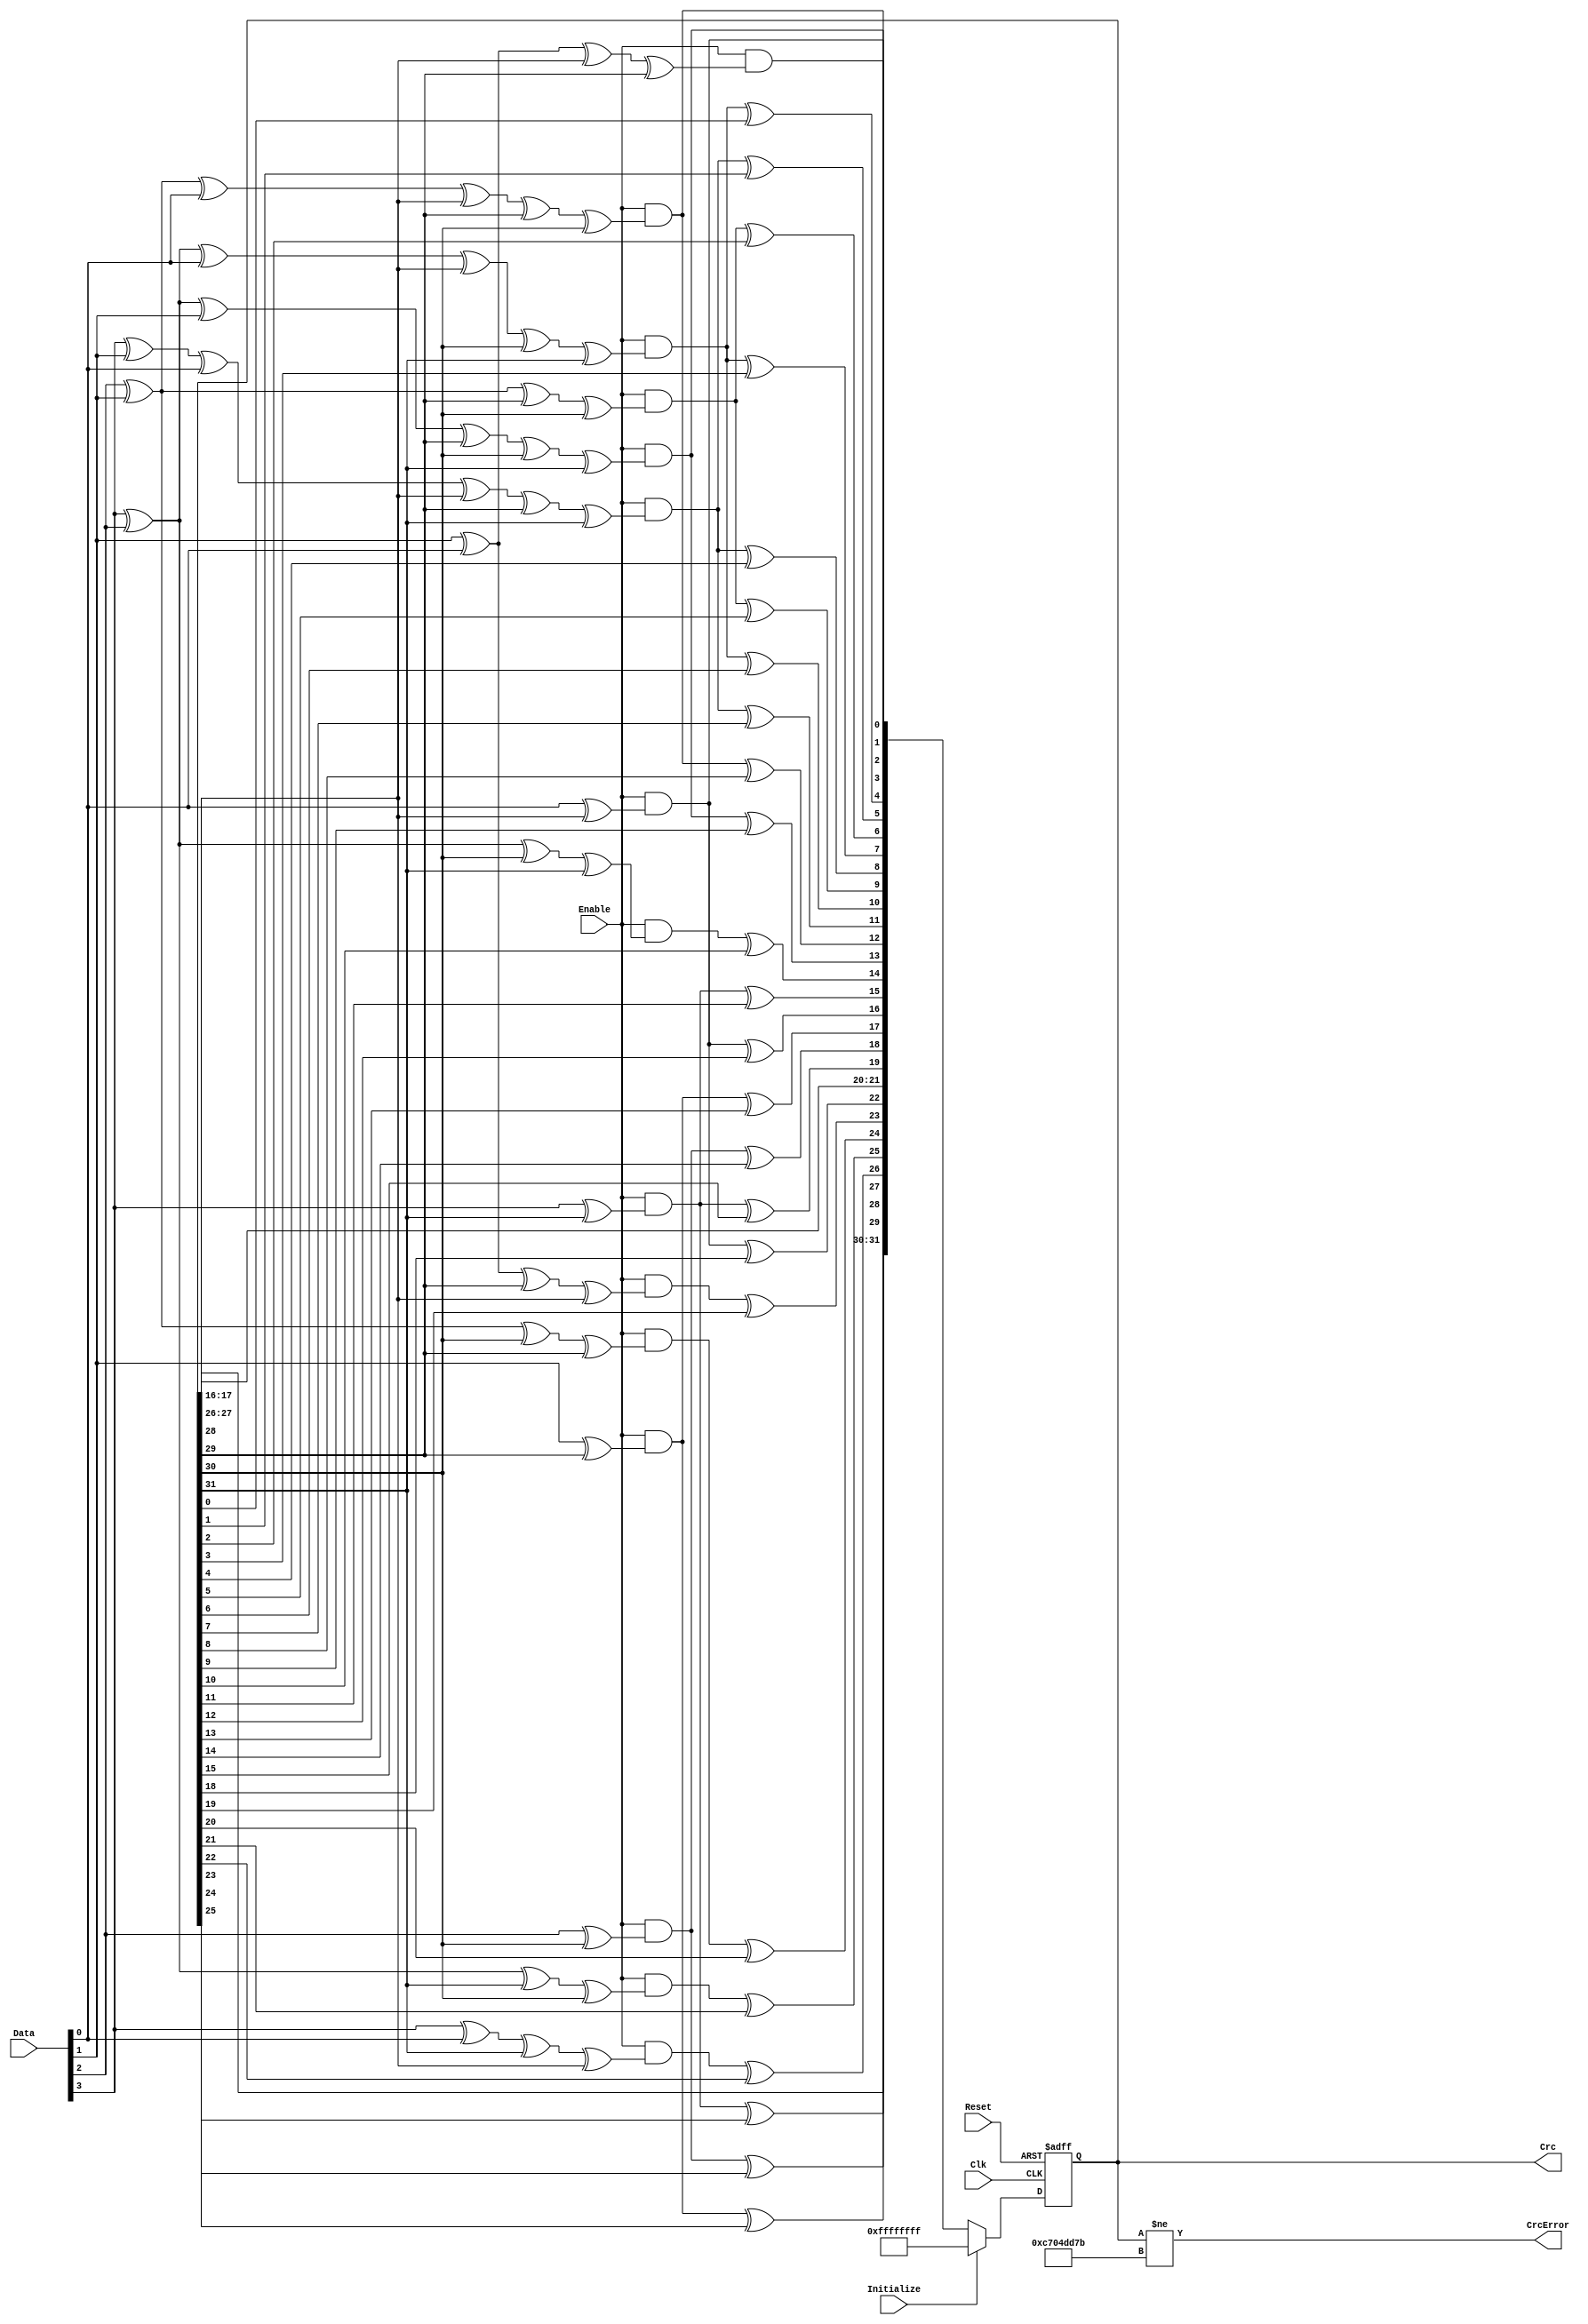
module eth_crc_2 (Clk, Reset, Data, Enable, Initialize, Crc, CrcError);
parameter Tp = 1;
input Clk;
input Reset;
input [3:0] Data;
input Enable;
input Initialize;
output [31:0] Crc;
output CrcError;
reg  [31:0] Crc;
wire [31:0] CrcNext;
assign CrcNext[0] = Enable & (Data[0] ^ Crc[28]); 
assign CrcNext[1] = Enable & (Data[1] ^ Data[0] ^ Crc[28] ^ Crc[29]); 
assign CrcNext[2] = Enable & (Data[2] ^ Data[1] ^ Data[0] ^ Crc[28] ^ Crc[29] ^ Crc[30]); 
assign CrcNext[3] = Enable & (Data[3] ^ Data[2] ^ Data[1] ^ Crc[29] ^ Crc[30] ^ Crc[31]); 
assign CrcNext[4] = (Enable & (Data[3] ^ Data[2] ^ Data[0] ^ Crc[28] ^ Crc[30] ^ Crc[31])) ^ Crc[0]; 
assign CrcNext[5] = (Enable & (Data[3] ^ Data[1] ^ Data[0] ^ Crc[28] ^ Crc[29] ^ Crc[31])) ^ Crc[1]; 
assign CrcNext[6] = (Enable & (Data[2] ^ Data[1] ^ Crc[29] ^ Crc[30])) ^ Crc[ 2]; 
assign CrcNext[7] = (Enable & (Data[3] ^ Data[2] ^ Data[0] ^ Crc[28] ^ Crc[30] ^ Crc[31])) ^ Crc[3]; 
assign CrcNext[8] = (Enable & (Data[3] ^ Data[1] ^ Data[0] ^ Crc[28] ^ Crc[29] ^ Crc[31])) ^ Crc[4]; 
assign CrcNext[9] = (Enable & (Data[2] ^ Data[1] ^ Crc[29] ^ Crc[30])) ^ Crc[5]; 
assign CrcNext[10] = (Enable & (Data[3] ^ Data[2] ^ Data[0] ^ Crc[28] ^ Crc[30] ^ Crc[31])) ^ Crc[6]; 
assign CrcNext[11] = (Enable & (Data[3] ^ Data[1] ^ Data[0] ^ Crc[28] ^ Crc[29] ^ Crc[31])) ^ Crc[7]; 
assign CrcNext[12] = (Enable & (Data[2] ^ Data[1] ^ Data[0] ^ Crc[28] ^ Crc[29] ^ Crc[30])) ^ Crc[8]; 
assign CrcNext[13] = (Enable & (Data[3] ^ Data[2] ^ Data[1] ^ Crc[29] ^ Crc[30] ^ Crc[31])) ^ Crc[9]; 
assign CrcNext[14] = (Enable & (Data[3] ^ Data[2] ^ Crc[30] ^ Crc[31])) ^ Crc[10]; 
assign CrcNext[15] = (Enable & (Data[3] ^ Crc[31])) ^ Crc[11]; 
assign CrcNext[16] = (Enable & (Data[0] ^ Crc[28])) ^ Crc[12]; 
assign CrcNext[17] = (Enable & (Data[1] ^ Crc[29])) ^ Crc[13]; 
assign CrcNext[18] = (Enable & (Data[2] ^ Crc[30])) ^ Crc[14]; 
assign CrcNext[19] = (Enable & (Data[3] ^ Crc[31])) ^ Crc[15]; 
assign CrcNext[20] = Crc[16]; 
assign CrcNext[21] = Crc[17]; 
assign CrcNext[22] = (Enable & (Data[0] ^ Crc[28])) ^ Crc[18]; 
assign CrcNext[23] = (Enable & (Data[1] ^ Data[0] ^ Crc[29] ^ Crc[28])) ^ Crc[19]; 
assign CrcNext[24] = (Enable & (Data[2] ^ Data[1] ^ Crc[30] ^ Crc[29])) ^ Crc[20]; 
assign CrcNext[25] = (Enable & (Data[3] ^ Data[2] ^ Crc[31] ^ Crc[30])) ^ Crc[21]; 
assign CrcNext[26] = (Enable & (Data[3] ^ Data[0] ^ Crc[31] ^ Crc[28])) ^ Crc[22]; 
assign CrcNext[27] = (Enable & (Data[1] ^ Crc[29])) ^ Crc[23]; 
assign CrcNext[28] = (Enable & (Data[2] ^ Crc[30])) ^ Crc[24]; 
assign CrcNext[29] = (Enable & (Data[3] ^ Crc[31])) ^ Crc[25]; 
assign CrcNext[30] = Crc[26]; 
assign CrcNext[31] = Crc[27]; 
always @ (posedge Clk or posedge Reset)
begin
  if (Reset)
    Crc <=  32'hffffffff;
  else
  if(Initialize)
    Crc <=  32'hffffffff;
  else
    Crc <=  CrcNext;
end
assign CrcError = Crc[31:0] != 32'hc704dd7b;  
endmodule